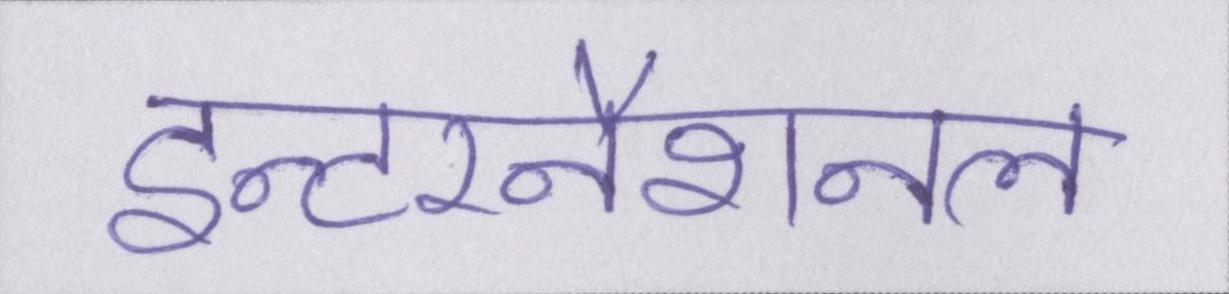
इन्टरनैशनल